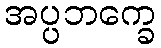
အပ္ပဘက္ခေ